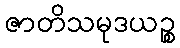
ဇာတိသမုဒယဉ္စ